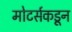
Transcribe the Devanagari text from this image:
मोटर्सकडून